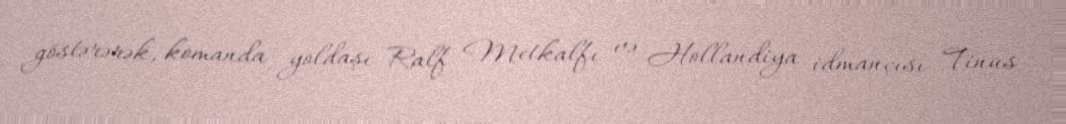
göstərərək, komanda yoldaşı Ralf Metkalfı və Hollandiya idmançısı Tinus